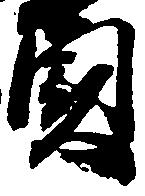
貞